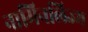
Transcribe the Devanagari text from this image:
नामिनलिज्म